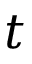
t